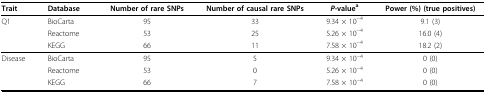
<table><thead><tr><td><b>Trait</b></td><td><b>Database</b></td><td><b>Number of rare SNPs</b></td><td><b>Number of causal rare SNPs</b></td><td><b><i>P</i>-value<sup>a</sup></b></td><td><b>Power (%) (true positives)</b></td></tr></thead><tbody><tr><td>Q1</td><td>BioCarta</td><td>95</td><td>33</td><td>9.34 × 10<sup>−4</sup></td><td>9.1 (3)</td></tr><tr><td></td><td>Reactome</td><td>53</td><td>25</td><td>5.26 × 10<sup>−4</sup></td><td>16.0 (4)</td></tr><tr><td></td><td>KEGG</td><td>66</td><td>11</td><td>7.58 × 10<sup>−4</sup></td><td>18.2 (2)</td></tr><tr><td>Disease</td><td>BioCarta</td><td>95</td><td>5</td><td>9.34 × 10<sup>−4</sup></td><td>0 (0)</td></tr><tr><td></td><td>Reactome</td><td>53</td><td>0</td><td>5.26 × 10<sup>−4</sup></td><td>0 (0)</td></tr><tr><td></td><td>KEGG</td><td>66</td><td>7</td><td>7.58 × 10<sup>−4</sup></td><td>0 (0)</td></tr></tbody></table>